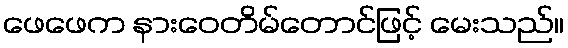
ဖေဖေက နားဝေတိမ်တောင်ဖြင့် မေးသည်။